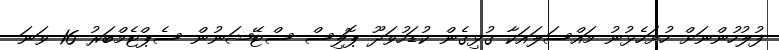
ފުލުހުންނަށް ހުށަހެޅުނު މައްސަލައަކާ ގުޅިގެން ކުޑަހުވަދޫ ޕޮލިސް ސްޓޭޝަނުން ސެޕްޓެމްބަރު 16 ވަނަ